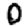
Digit: 0